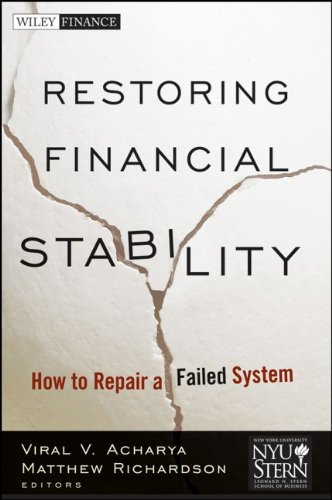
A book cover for Restoring Financial Stability: How to Repair a Failed System; New York University Stern School of Business; Business & Money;